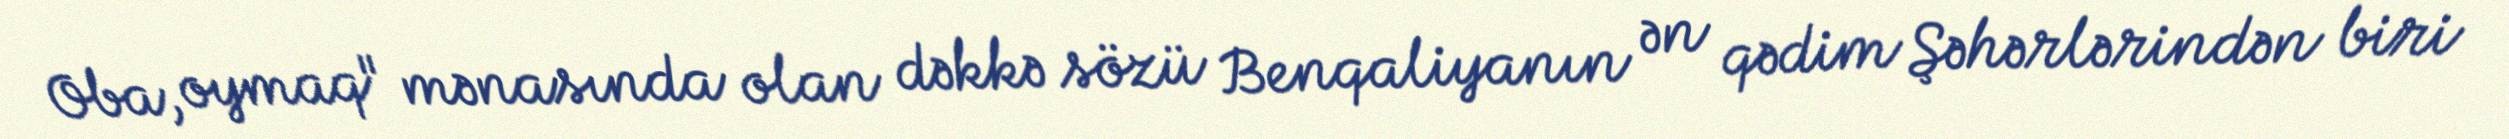
Oba, oymaq" mənasında olan dəkkə sözü Benqaliyanın ən qədim Şəhərlərindən biri